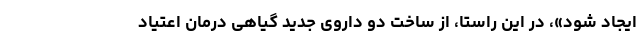
ایجاد شود»، در این راستا، از ساخت دو داروی جدید گیاهی درمان اعتیاد